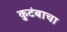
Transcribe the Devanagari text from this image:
कुटंबाचा